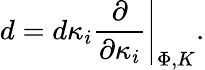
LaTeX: d=d\kappa_{i}\left.{\frac{\partial}{\partial\kappa_{i}}}\right|_{\Phi,K}.